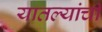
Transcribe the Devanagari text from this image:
यातल्यांची